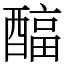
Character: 𲆹